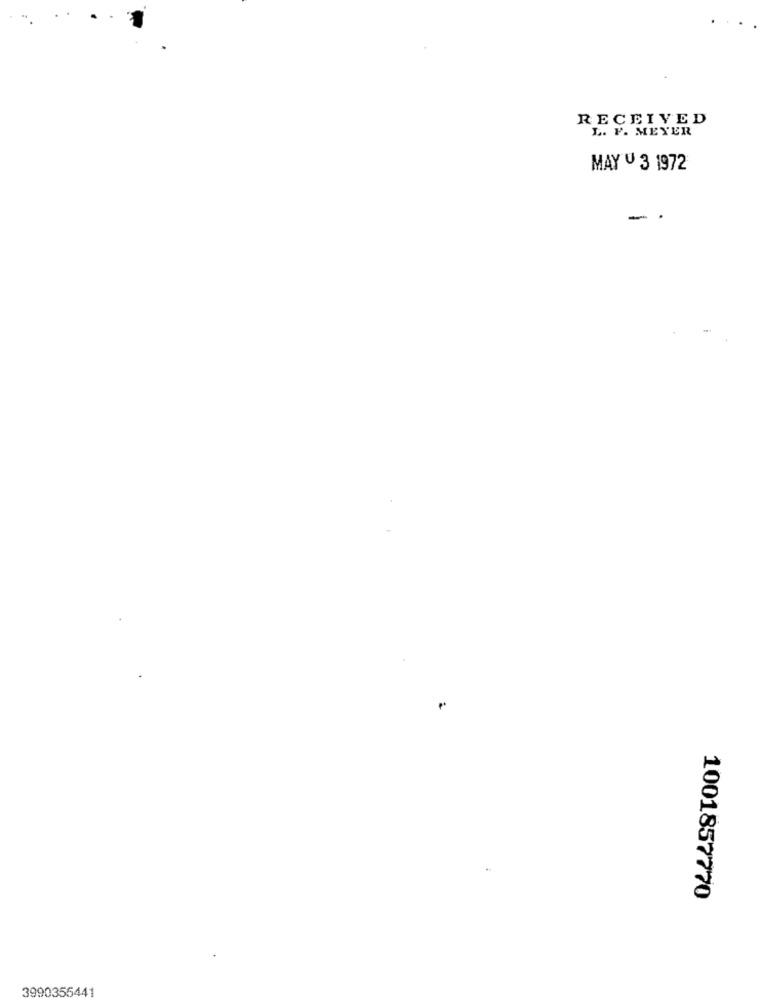
RECEIVED
L. P. MEYER
MAY U 3 1972
- .
1001857770
3990355441